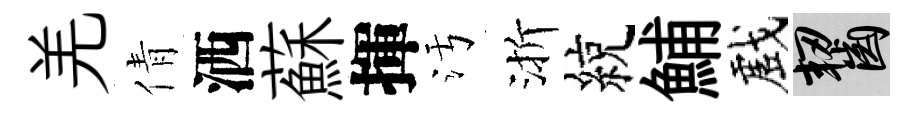
羌倩洒蘇揮污渐綂鯆戲齧